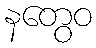
နတွေဝ